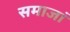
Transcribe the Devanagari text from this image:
समाजां